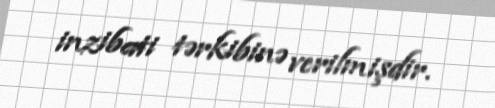
inzibati tərkibinə verilmişdir.